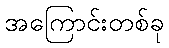
အကြောင်းတစ်ခု